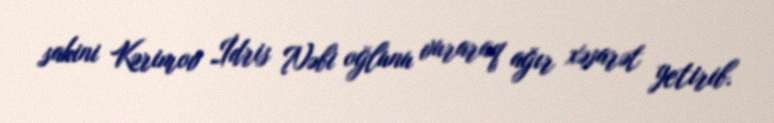
sakini Kərimov İdris Nəbi oğlunu vuraraq ağır xəsarət yetirib.